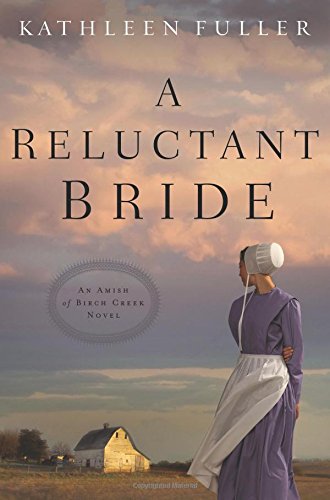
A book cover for A Reluctant Bride (An Amish of Birch Creek Novel); Kathleen Fuller; Romance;